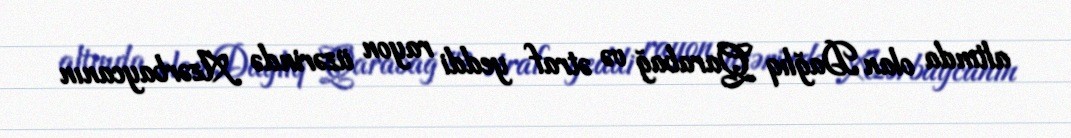
altında olan Dağlıq Qarabağ və ətraf yeddi rayon üzərində Azərbaycanın